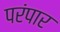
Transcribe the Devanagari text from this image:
परंपार